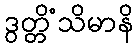
ဒွတ္တိံသိမာနိ